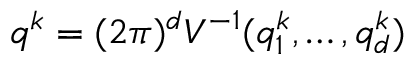
\boldsymbol { q } ^ { k } = { ( 2 \pi ) ^ { d } } V ^ { - 1 } ( q _ { 1 } ^ { k } , \dots , q _ { d } ^ { k } )